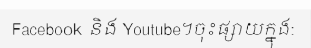
Facebook និង Youtube។ចុះផ្សាយក្នុង: